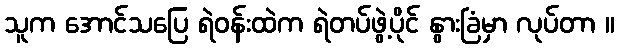
သူက အောင်သပြေ ရဲဝန်းထဲက ရဲတပ်ဖွဲ့ပိုင် နွားခြံမှာ လုပ်တာ ။